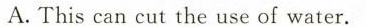
A.This can cut the use of water.